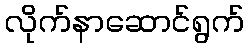
လိုက်နာဆောင်ရွက်